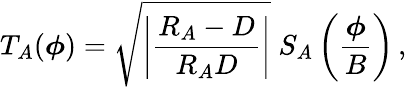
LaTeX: T_{A}(\boldsymbol\phi)=\sqrt{\left|{\frac{R_{A}-D}{R_{A}D}}\right|}\; S_{A}\left({\frac{\boldsymbol\phi}{B}}\right)\, ,